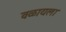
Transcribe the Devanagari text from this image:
वळायला